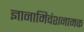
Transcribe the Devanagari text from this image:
ज्ञानामिवंशनामक